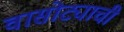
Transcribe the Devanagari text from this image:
वासोट्याची